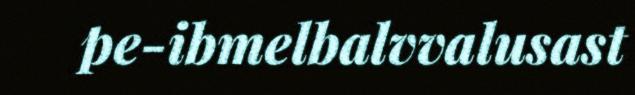
pe-ibmelbalvvalusast